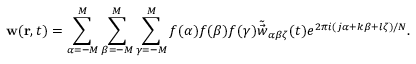
\mathbf { w } ( \mathbf { r } , t ) = \sum _ { \alpha = - M } ^ { M } \sum _ { \beta = - M } ^ { M } \sum _ { \gamma = - M } ^ { M } f ( \alpha ) f ( \beta ) f ( \gamma ) \tilde { \vec { w } } _ { \alpha \beta \zeta } ( t ) e ^ { 2 \pi i ( j \alpha + k \beta + l \zeta ) / N } .